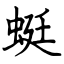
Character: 蜓